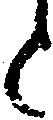
と